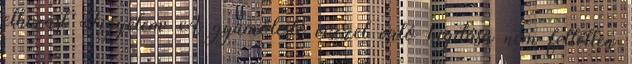
elhízást Figyelem A gyümölcslé vízzel való higítása nem feltétlen